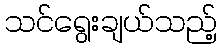
သင်ရွေးချယ်သည့်